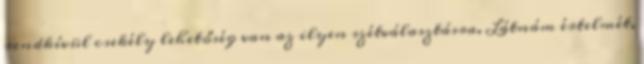
rendkívül csekély lehetőség van az ilyen szétválasztásra. Látnám értelmét,